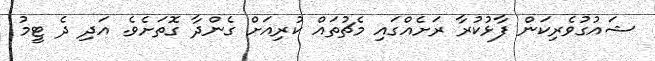
ޝައުގުވެރިކަން ފާޅުކުރާ ރަށެއްގައި މެޗުތައް ކުރިއަށް ގެންދާ ގޮތަށެވެ. އަދި ދެ ޓީމު